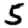
Digit: 5